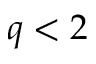
q < 2